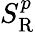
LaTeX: S_{\mathrm{{R}}}^{p}